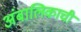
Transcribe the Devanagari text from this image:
अंबालिकाची